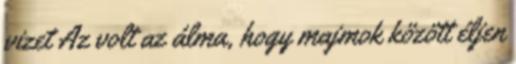
vizet Az volt az álma, hogy majmok között éljen